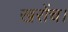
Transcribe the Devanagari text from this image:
खरोंच।